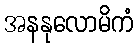
အနနုလောမိကံ